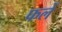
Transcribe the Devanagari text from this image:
फलें